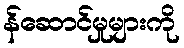
န်ဆောင်မှုများကို